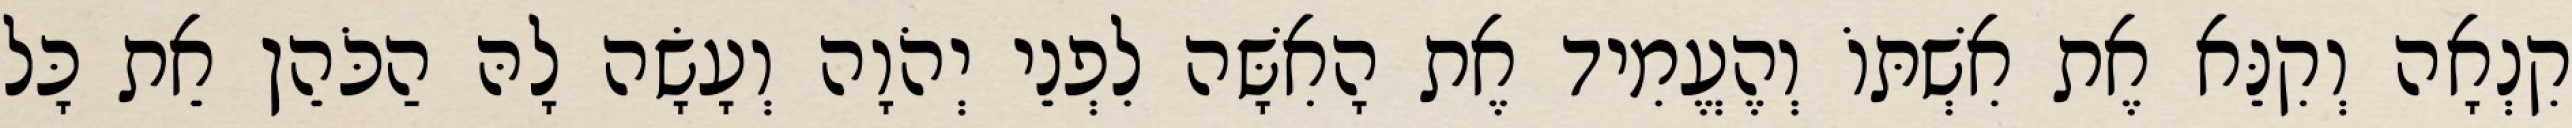
קִנְאָה וְקִנֵּא אֶת אִשְׁתּוֹ וְהֶעֱמִיד אֶת הָאִשָּׁה לִפְנֵי יְהֹוָה וְעָשָׂה לָהּ הַכֹּהֵן אֵת כָּל